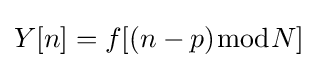
Y[n]=f[(n-p){\bmod {N}}]